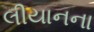
લીયાનના